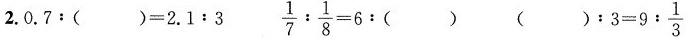
2.$$0 . 7 :（ ） = 2 . 1 : 3$$$$\frac{1}{7} : \frac{1}{8} = 6 : （ ）$$$$（） : 3 = 9 : \frac{1}$${3}